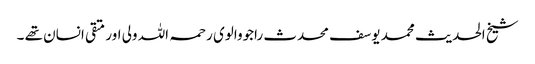
شیخ الحدیث محمد یوسف محدث راجووالوی رحمہ اللہ ولی اور متقی انسان تھے ۔